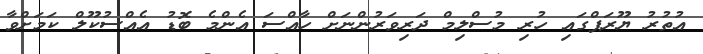
އުތުރު ޔޫރަޕްގައި ހުރި މުސްލިމް ދަރިވަރުންނަށް ހާއްސަ އެންމެ ބޮޑު އެއްސުކޫލް ކަމަށްވާ